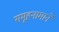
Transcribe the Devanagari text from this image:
समूहनामाने